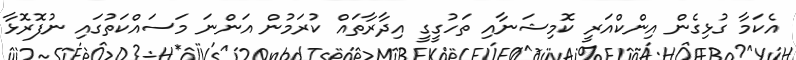
އެކަމާ ގުޅިގެން އިންކްއަރީ ކޮމިޝަނާއި ތަހުގީގީ އިދާރާތައް ކުރަމުން އަންނަ މަސައްކަތުގައި ނުފޮރޮޅާ